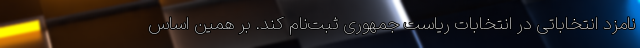
نامزد انتخاباتی در انتخابات ریاست جمهوری ثبت‌نام کند. بر همین اساس